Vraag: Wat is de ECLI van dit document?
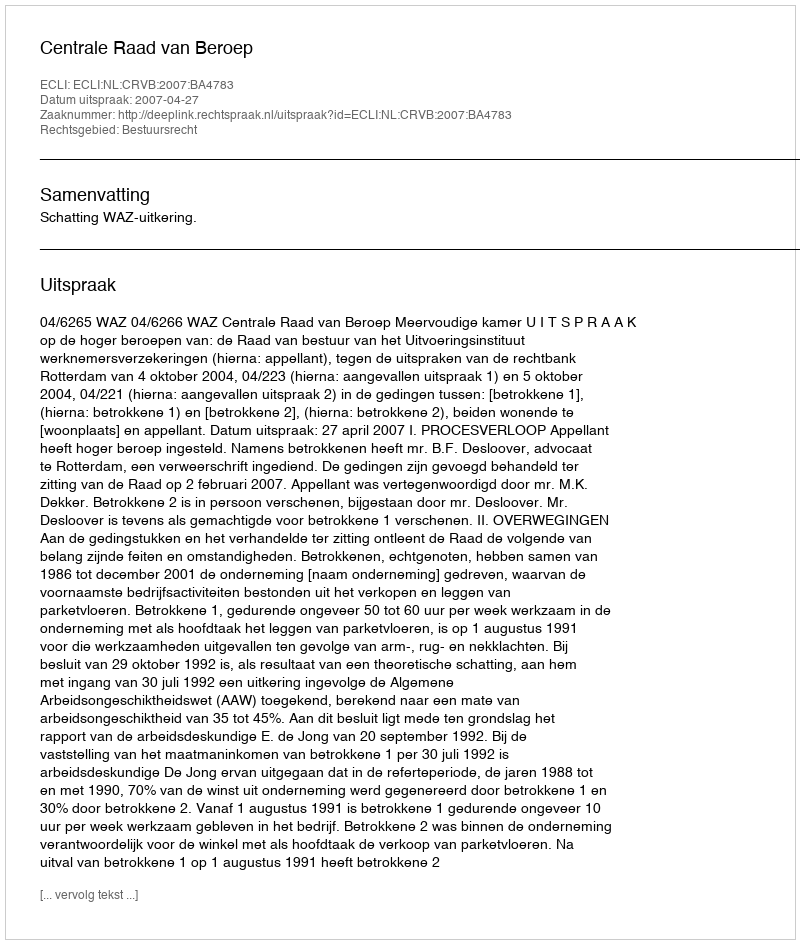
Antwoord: ECLI:NL:CRVB:2007:BA4783